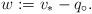
LaTeX: \begin{align*}w := v_{\ast}-q_\circ.\end{align*}